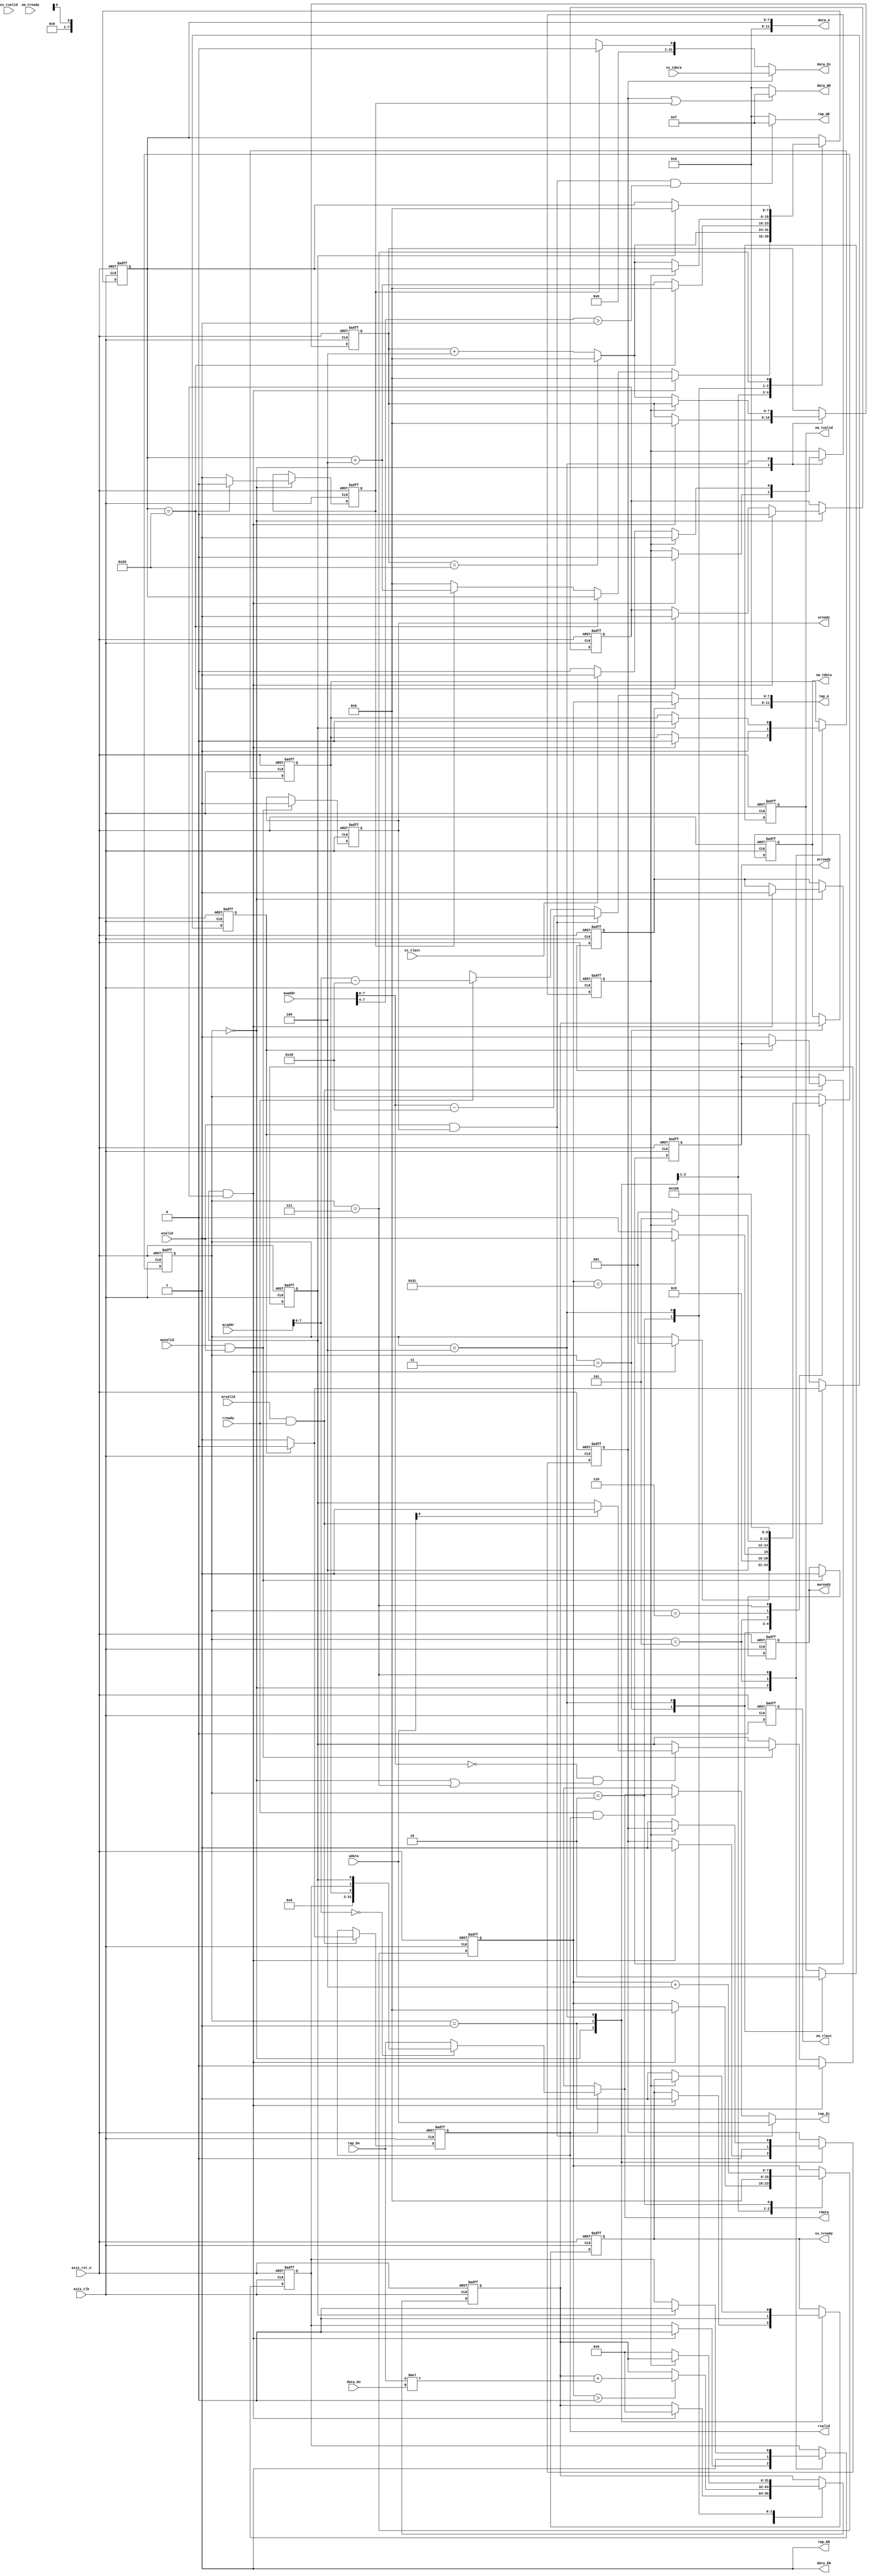
module fir 
#(  parameter pADDR_WIDTH = 12,
    parameter pDATA_WIDTH = 32,
    parameter Tape_Num    = 11
)
(
    output  wire                     awready,
    output  wire                     wready,
    input   wire                     awvalid,
    input   wire [(pADDR_WIDTH-1):0] awaddr,
    input   wire                     wvalid,
    input   wire [(pDATA_WIDTH-1):0] wdata,

    output  wire                     arready,
    input   wire                     rready,
    input   wire                     arvalid,
    input   wire [(pADDR_WIDTH-1):0] araddr,
    output  wire                     rvalid,
    output  wire [(pDATA_WIDTH-1):0] rdata,

    input   wire                     ss_tvalid, 
    input   wire [(pDATA_WIDTH-1):0] ss_tdata, 
    input   wire                     ss_tlast, 
    output  wire                     ss_tready,

    input   wire                     sm_tready, 
    output  wire                     sm_tvalid, 
    output  wire [(pDATA_WIDTH-1):0] sm_tdata, 
    output  wire                     sm_tlast, 
    
    // bram for tap RAM
    output  wire [3:0]               tap_WE,
    output  wire                     tap_EN,
    output  wire [(pDATA_WIDTH-1):0] tap_Di,
    output  wire [(pADDR_WIDTH-1):0] tap_A,
    input   wire [(pDATA_WIDTH-1):0] tap_Do,

    // bram for data RAM
    output  wire [3:0]               data_WE,
    output  wire                     data_EN,
    output  wire [(pDATA_WIDTH-1):0] data_Di,
    output  wire [(pADDR_WIDTH-1):0] data_A,
    input   wire [(pDATA_WIDTH-1):0] data_Do,

    input   wire                     axis_clk,
    input   wire                     axis_rst_n
);
// write your code here!

    // assign awready = awvalid && (awaddr[7:4] >= 2);
    // assign wready =  wvalid && (awaddr[7:4] >= 2);
    reg arready_r, rvalid_r, awready_r, wready_r;
    reg [31:0] rdata_r;
    wire [7:0] awaddr_20, araddr_20;
    reg [7:0] tap_ptr, data_ptr;
    reg tap_ro;
    reg [31:0] ss_tdata_r;

    reg ap_start_r, ap_done_r, ap_idle_r;
    wire ap_start,ap_done,ap_idle;
    assign ap_start = ap_start_r;
    assign ap_done = ap_done_r;
    assign ap_idle = ap_idle_r;

    assign awaddr_20 = awaddr[7:0] - 8'h20;
    assign araddr_20 = araddr[7:0] - 8'h20;
    assign tap_EN = 1;
    reg data_wen;

    assign tap_WE = (wvalid && wready_r && awaddr[7:4]>1)? 4'b1111 : 4'b0000;
    assign tap_Di = (wvalid && wready_r)? wdata : (rready && rvalid_r)? rdata : 1'bX;
    assign tap_A = (tap_ro)? tap_ptr : (wvalid && wready_r)? {awaddr_20} : (rready)? {araddr_20} : 1'bX;
    assign rdata = (!rvalid_r)? 1'bX : (araddr[7:0] == 8'b0)? {29'b0,ap_idle,ap_done,ap_start} : tap_Do; 

    assign data_EN = 1;
    reg data_setting;
    assign data_WE = (data_wen || data_setting)? 4'b1111 : 4'b0000;
    assign data_Di = (data_wen)? ss_tdata : (data_setting)? 32'b0 : 1'bX;
    assign data_A = data_ptr;
    

    //assign data_A = data_ptr;
    //assign rdata = tap_Do;
    reg ss_tready_r, sm_tvalid_r,sm_tlast_r;
    reg signed [31:0] sm_tdata_r;
    
    assign awready = awready_r;
    assign wready = wready_r;
    assign arready = arready_r;
    assign ss_tready = ss_tready_r;
    assign sm_tdata = sm_tdata_r;
    assign sm_tvalid = sm_tvalid_r;
    assign sm_tlast = sm_tlast_r;
    assign rvalid = rvalid_r;
    //assign rdata = rdata_r;
    reg weird;
    reg signed [31:0] mac_part;

    //assign sm_tdata = mac_part + $signed(ss_tdata_r) * $signed(tap_Do);


    reg [2:0] state;
    reg [3:0] counter;
    reg [7:0] data_new;
    reg ss_tlast_real;

    wire signed [31:0] y;
    assign y = mac_part + $signed(tap_Do) * $signed(data_Do);
    reg data_reset;
    

    always@(posedge axis_clk or negedge axis_rst_n) begin 
        if (!axis_rst_n) begin 
            arready_r <= 1'b0;
            rdata_r <= 32'b0;
            rvalid_r <= 1'b0;
            awready_r <= 1'b0;
            wready_r <= 1'b0;
            weird <= 1'b0;
            state <= 3'b0;
            ap_start_r <= 1'b0;
            ap_done_r <= 1'b0;
            ap_idle_r <= 1'b1;
            ss_tready_r <= 1'b0;
            sm_tdata_r <= 32'b0;
            sm_tvalid_r <= 1'b0;
            sm_tlast_r <= 1'b0;
            tap_ptr <= 8'b0;
            data_ptr <= 8'b0;   
            tap_ro <= 1'b0;
            ss_tdata_r <= 32'b0;
            counter <= 4'b0;
            mac_part <= 32'b0;
            data_wen <= 1'b0;
            data_setting <= 1'b0;
            data_new <= 8'b0;
            ss_tlast_real <= 1'b0;
            data_reset <= 1'b0;
            

        end
        else begin
            sm_tlast_r <= 1'b0;
            if (awvalid && wvalid) begin
                wready_r <= 1'b1;
                awready_r <= 1'b1;

                if (awaddr[7:0]==8'b0 && (state == 3'b0 || state == 3'd7)) begin 
                    if (wdata[0]) ap_start_r <= 1;
                end 

            end
            // else begin 
            //     wready_r <= 1'b0;
            //     awready_r <= 1'b0;
            // end

            if (arvalid && rready) begin
                if (!weird) begin 
                rvalid_r <= 1'b1;
                arready_r <= 1'b1;
                end

                else begin 
                    rvalid_r <= 1'b0;
                end 

                weird <= weird? 1'b0 : 1'b1;
            end

            //if (rvalid_r && arvalid) rdata_r <= tap_Do;
            // else begin 
            //     rvalid_r <= 1'b0;
            //     arready_r <= 1'b0;
            // end
            case(state)
                3'b0 : begin 
                    //ss_tready_r <= 1'b0;
                    if (data_ptr == 8'h28) begin 
                        data_setting <= 1'b0;
                        data_reset <= 1'b1;
                    end
                    else begin 
                        data_setting <= 1'b1;
                        data_ptr <= data_setting? data_ptr + 4 : 8'b0;
                    end
                    

                    if (ap_start_r && data_reset) begin 
                        ss_tready_r <= 1'b1;
                        tap_ptr <= 8'b0;
                        data_ptr <= 8'b0;         
                        tap_ro <= 1'b1;  
                        mac_part <= 32'b0;
                        data_wen <= 1'b1;
                        state <= 3'd1;
                        ap_idle_r <= 1'b0;
                        ss_tlast_real <= 1'b0;  
                        data_reset <= 1'b0;
                        data_new <= 8'b0;
                        ap_done_r <= 1'b0;
                        
                    end 
                end
                3'b1 : begin
                    tap_ptr <= 8'b0;
                    data_ptr <= (data_new == 8'h28)? 8'b0 : data_new + 4;
                    ap_start_r <= 1'b0;
                    ss_tready_r <= 1'b0;
                    //ss_tdata_r <= ss_tdata;
                    //counter <= (counter == 4'b1111)? 4'b1111 : counter + 1;
                    data_wen <= 1'b0;
                    state <= 3'd2;
                end
                3'd2 : begin

                    tap_ptr <= tap_ptr + 4;
                    data_ptr <= (data_ptr == 8'h28)? 8'b0 : data_ptr + 4;
                    if (tap_ptr > 8'h0) begin 
                        mac_part <= y;
                    end
                    state <= (tap_ptr == 8'h2c)? 3'd3 : 3'd2;
   
                end
                3'd3 : begin 
                    sm_tvalid_r <= 1'b1;
                    sm_tdata_r <= mac_part;
                    //data_ptr <= 8'b0;
                    state <= 3'd4;
                end
                3'd4 : begin 
                    sm_tvalid_r <= 1'b0;


                    if (!ss_tlast_real) begin 
                        data_new <= (data_new == 8'h28)? 8'b0 : data_new + 4;
                        data_ptr <= (data_new == 8'h28)? 8'b0 : data_new + 4;
                        ss_tready_r <= 1'b1;
                        mac_part <= 32'b0;
                        data_wen <= 1'b1;
                        if (ss_tlast) ss_tlast_real <= 1'b1;
                        state <= 3'd1;
                    end
                    else state <= 3'd5;
                end
                3'd5 : begin 
                    ap_done_r <= 1'b1;
                    ap_idle_r <= 1'b1;
                    state <= 3'd6;
                end
                3'd6 : begin 
                    state <= 3'd7;
                end
                3'd7 : begin 
                    state <= 3'b0;
                    if (ap_start_r) begin 
                        ap_done_r <= 1'b0;
                        ap_idle_r <= 1'b0;
                        data_ptr <= 8'b0;   

                    end
                end
                
            endcase

        end
    end


endmodule